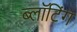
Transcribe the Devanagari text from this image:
ब्लॉटिंग